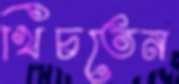
খিচতেন